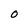
Character: O